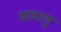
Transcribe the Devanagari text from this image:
धावालु